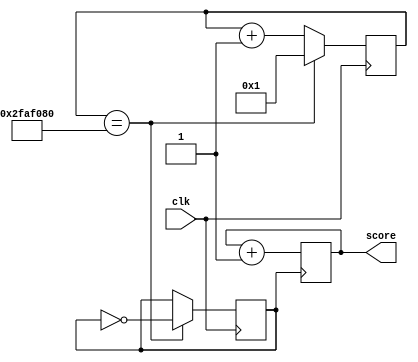
module score_generator(
    input clk,
    output reg [13:0] score
);
  reg [31:0] counter=1;
    reg temp_clk = 0 ;
    always @ (posedge ( clk ) )
        begin
        if (counter== 50000000 )
            begin
                counter <= 1 ;
                temp_clk <= ~temp_clk ;
            end
             else
                counter <= counter+1;
            end
    assign clk_out = temp_clk ;

    always@(posedge(clk_out))
        begin
            score<=score+1;
        end
endmodule